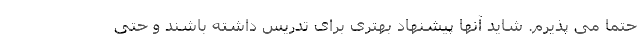
حتما می پذیرم. شاید آنها پیشنهاد بهتری برای تدریس داشته باشند و حتی